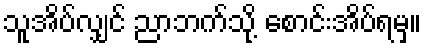
သူအိပ်လျှင် ညာဘက်သို့ စောင်းအိပ်ရမှ။